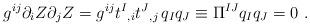
LaTeX: \begin{align*}g^{ij} \partial_i Z \partial_j Z = g^{ij} t^I{}_{,i} t^J{}_{,j} \,q_I q_J\equiv \Pi ^{IJ} q_I q_J =0 \ .\end{align*}